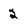
Character: 2